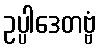
ဥပ္ပါဒေတဗ္ဗံ